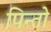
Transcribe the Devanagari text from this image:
पिन्तो